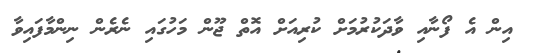
އިން އެ ފޯނާއި ވާދަކުރުމަށް ކުރިއަށް އޮތް ޖޫން މަހުގައި ނެރެން ނިންމާފައިވާ